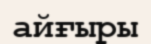
айғыры